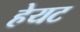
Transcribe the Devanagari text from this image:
हेयट